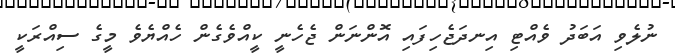
ނުލެވި އަބަދު ވެއްޓި އިނދަޖެހިފައި އޮންނަން ޖެހެނީ ކީއްވެގެން ހެއްޔެވެ މީގެ ސިއްރަކީ